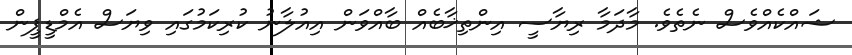
ޝައްކެއްވެސް ނެތެވެ. މާދަމާ ރިޔާސީ އިންތިޚާބެއް ބާއްވަން އިއުލާނު ކުރިކަމުގައި ވިޔަސް އެމްޑީޕީން